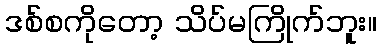
ဒစ်စကိုတော့ သိပ်မကြိုက်ဘူး။